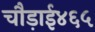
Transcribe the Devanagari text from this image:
चौड़ाई४६५